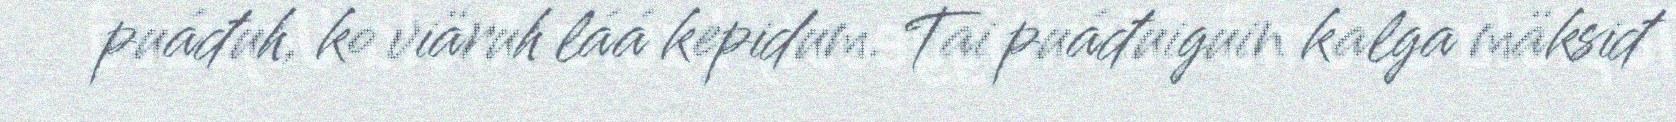
puáđuh, ko viäruh láá kepidum. Tai puáđuiguin kalga mäksiđ